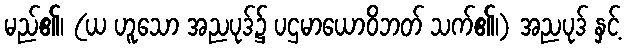
မည်၏၊ (ယ ဟူသော အညပုဒ်၌ ပဌမာယောဝိဘတ် သက်၏၊) အညပုဒ် နှင့်